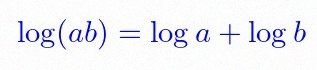
\log(ab)=\log a+\log b